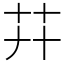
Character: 𦬠